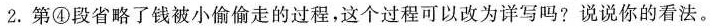
2.第④段省略了钱被小偷偷走的过程，这个过程可以改为详写吗？说说你的看法。